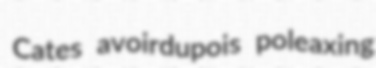
Cates avoirdupois poleaxing